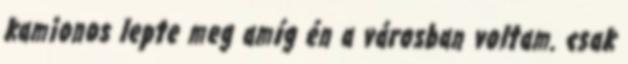
kamionos lepte meg amíg én a városban voltam. csak